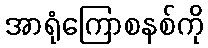
အာရုံကြောစနစ်ကို